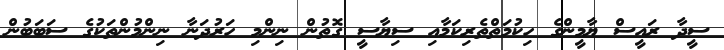
ސީދާ ރައީސް ޔާމީންގެ ހިކުމަތްތެރިކަމާއި ސިޔާސީ ގޮތުން ނިންމި ހަރުދަނާ ނިންމުންތަކުގެ ސަބަބުން